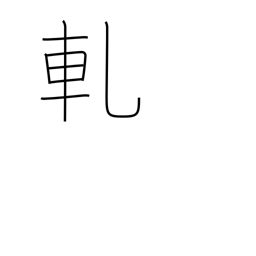
Meaning: creak